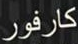
كارفور